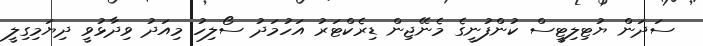
ސަދަން ޔުޓިލިޓީސް ކުންފުނީގެ މެނޭޖިން ޑިރެކްޓަރު އަހުމަދު ސޯލިހު މިއަދު ވިދާޅުވީ ދިޔަމިގިލީ